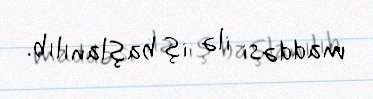
maddəsi ilə iş başlanılıb.